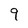
Character: 9